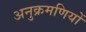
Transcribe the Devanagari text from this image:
अनुक्रमणियों